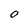
Character: o